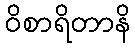
ဝိစာရိတာနိ